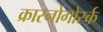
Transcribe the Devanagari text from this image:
क्रास्नोगोर्स्क